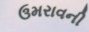
ઉમરાવની